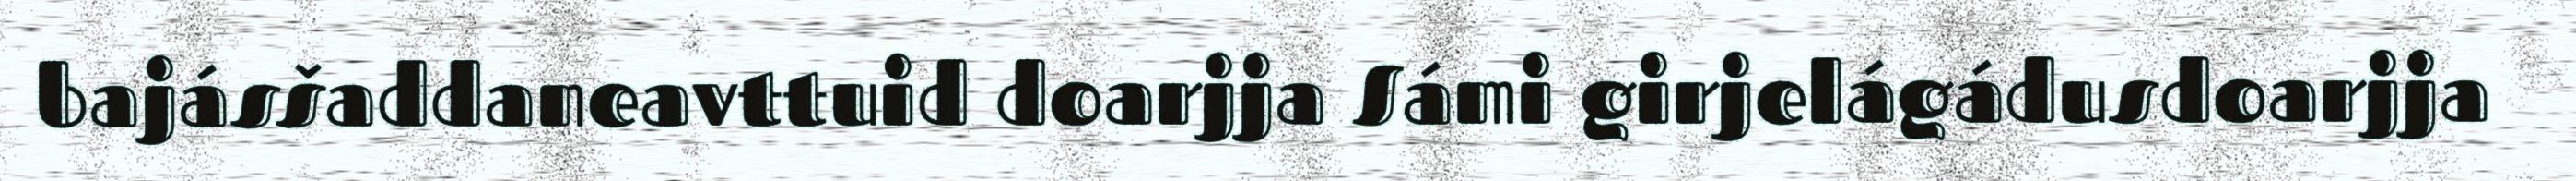
bajásšaddaneavttuid doarjja Sámi girjelágádusdoarjja